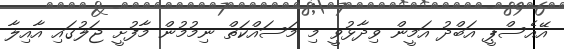
އޭއެސްޕީ އަބްދު އަމީން ވިދާޅުވީ މި މަސައްކަތް ނިމުމުން މާފުށީ ޖަލުގައި އާއިލާ